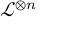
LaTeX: { \mathcal { L } } ^ { \otimes n }